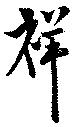
祥